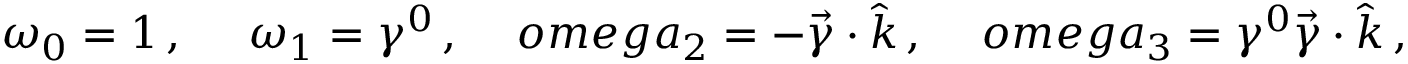
\omega _ { 0 } = 1 \, , \ \ \ \ \omega _ { 1 } = \gamma ^ { 0 } \, , \ \ \ \, o m e g a _ { 2 } = - \vec { \gamma } \cdot \hat { k } \, , \ \ \ \, o m e g a _ { 3 } = \gamma ^ { 0 } \vec { \gamma } \cdot \hat { k } \, ,